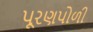
પૂરણપોળી